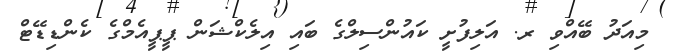
މިއަދު ބޭއްވި ރ. އަލިފުށީ ކައުންސިލްގެ ބައި އިލެކްޝަން ޕީޕީއެމްގެ ކެންޑިޑޭޓް